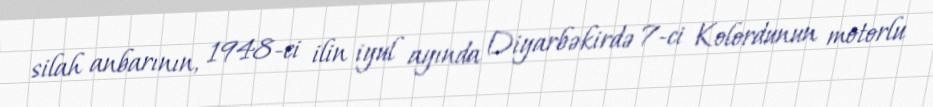
silah anbarının, 1948-ci ilin iyul ayında Diyarbəkirdə 7-ci Kolordunun motorlu